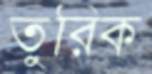
তুরিক